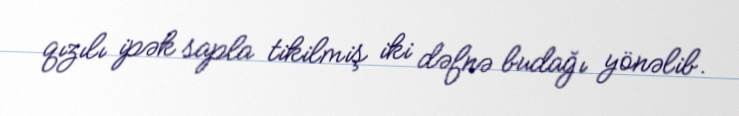
qızılı ipək sapla tikilmiş iki dəfnə budağı yönəlib.